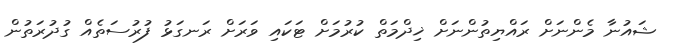
ޝައުނާ މެންނަށް ރައްޔިތުންނަށް ޚިދްމަތް ކުރުމަށް ޓަކައި ވަރަށް ރަނގަޅު ފުރުސަތެއް ގުދުރަތުން